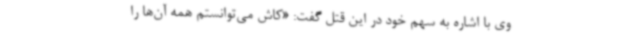
وی با اشاره به سهم خود در این قتل گفت: «کاش می‌توانستم همه آن‌ها را